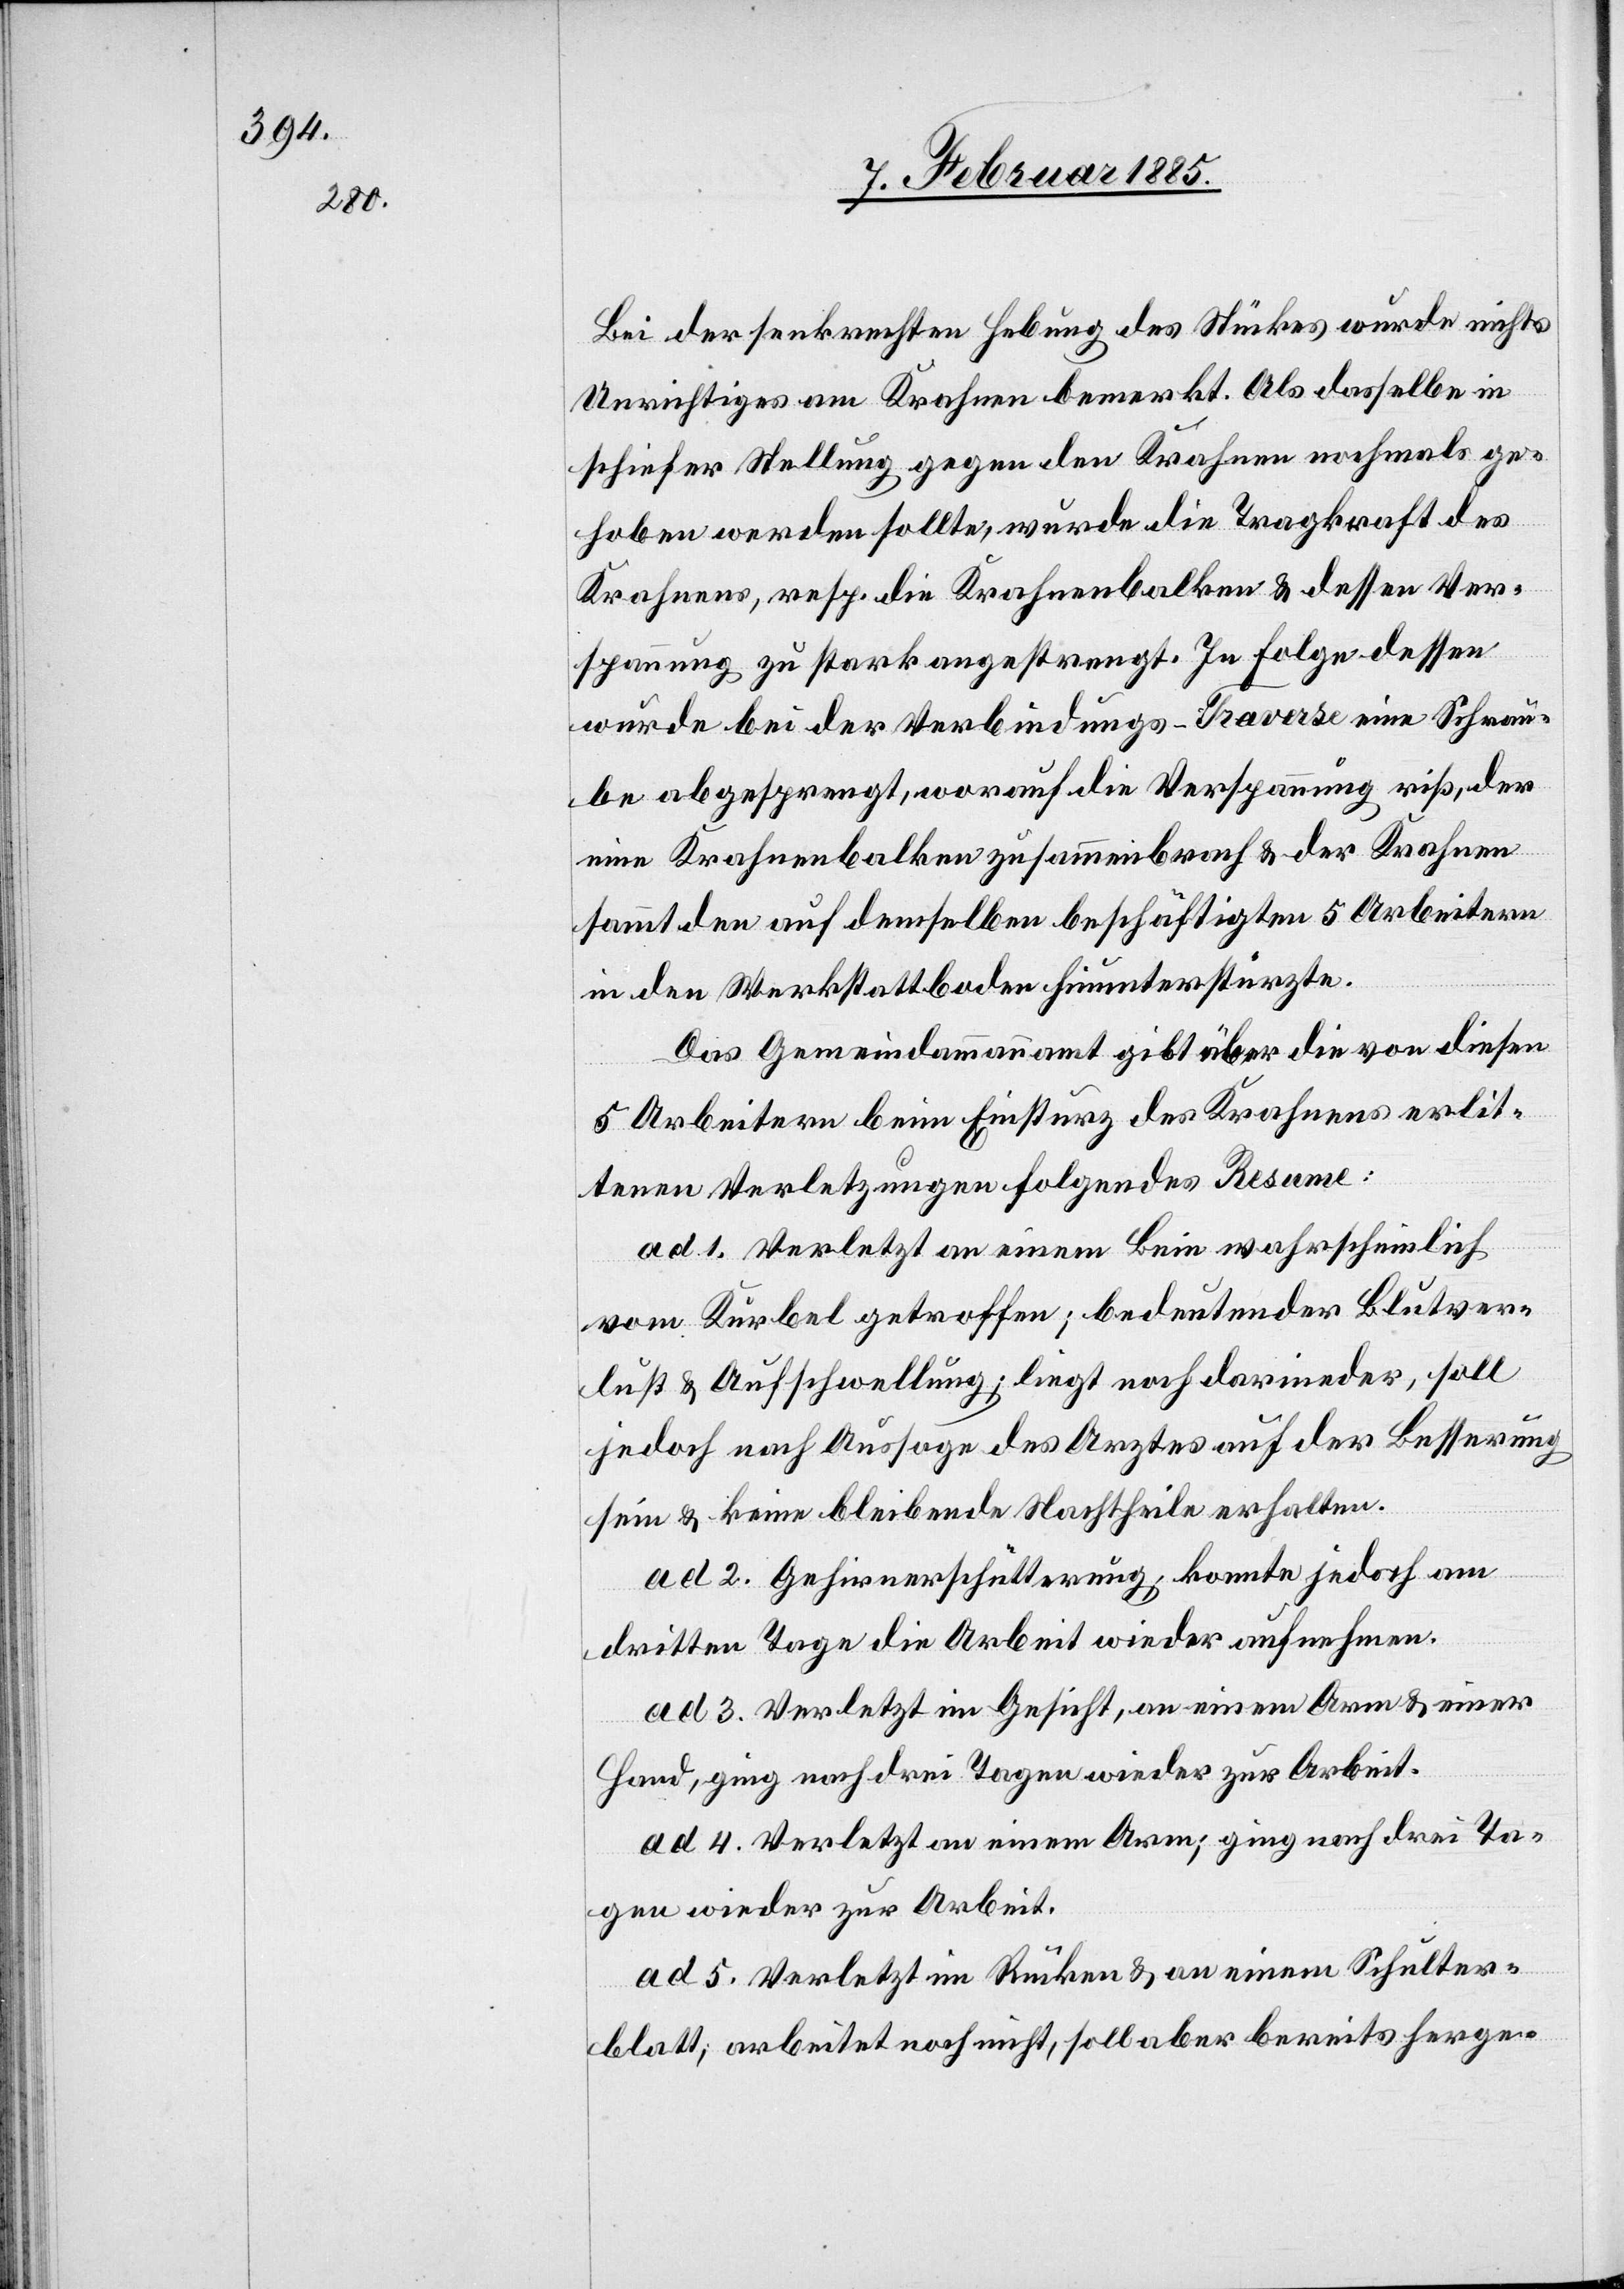
Bei der senkrechten Hebung des Stückes wurde nichts
Unrichtiges am Krahnen bemerkt. Als dasselbe in
schiefer Stellung gegen den Krahnen nochmals ge¬
hoben werden sollte, wurde die Tragkraft des
Krahnen, resp. die Krahnenbalken & dessen Ver¬
spannung zu stark angestrengt. In Folge dessen
wurde bei der Verbindungs-Traverse eine Schrau¬
be abgesprengt, worauf die Verspannung riß, der
eine Krahnenbalken zusammenbrach & der Krahnen
sammt den auf demselben beschäftigten 5 Arbeitern
in den Werkstattboden hinunterstützte.
Das Gemeindammannamt gibt über die von diesen
5 Arbeitern beim Einsturz des Krahnens erlit¬
tenen Verletzungen folgendes Resume:
ad 1. Verletzt an einem Bein wahrscheinlich
vom Kurbel getroffen; bedeutender Blutver¬
lust & Aufschwellung; liegt noch darnieder, soll
jedoch nach Aussage des Arztes auf der Besserung
sein & keine bleibende Nachtheile erhalten.
ad 2. Gehirnerschütterung; konnte jedoch am
dritten Tage die Arbeit wieder aufnehmen.
ad 3. Verletzt im Gesicht, an einem Arm & einer
Hand, ging nach drei Tagen wieder zur Arbeit.
ad 4. Verletzt an einem Arm; ging nach drei Ta¬
gen wieder zur Arbeit.
ad 5. Verletzt im Rücken & an einem Schulter¬
blatt; arbeitet noch nicht, soll aber bereits herge-